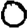
Digit: 0